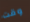
وقت